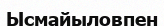
Ысмайыловпен